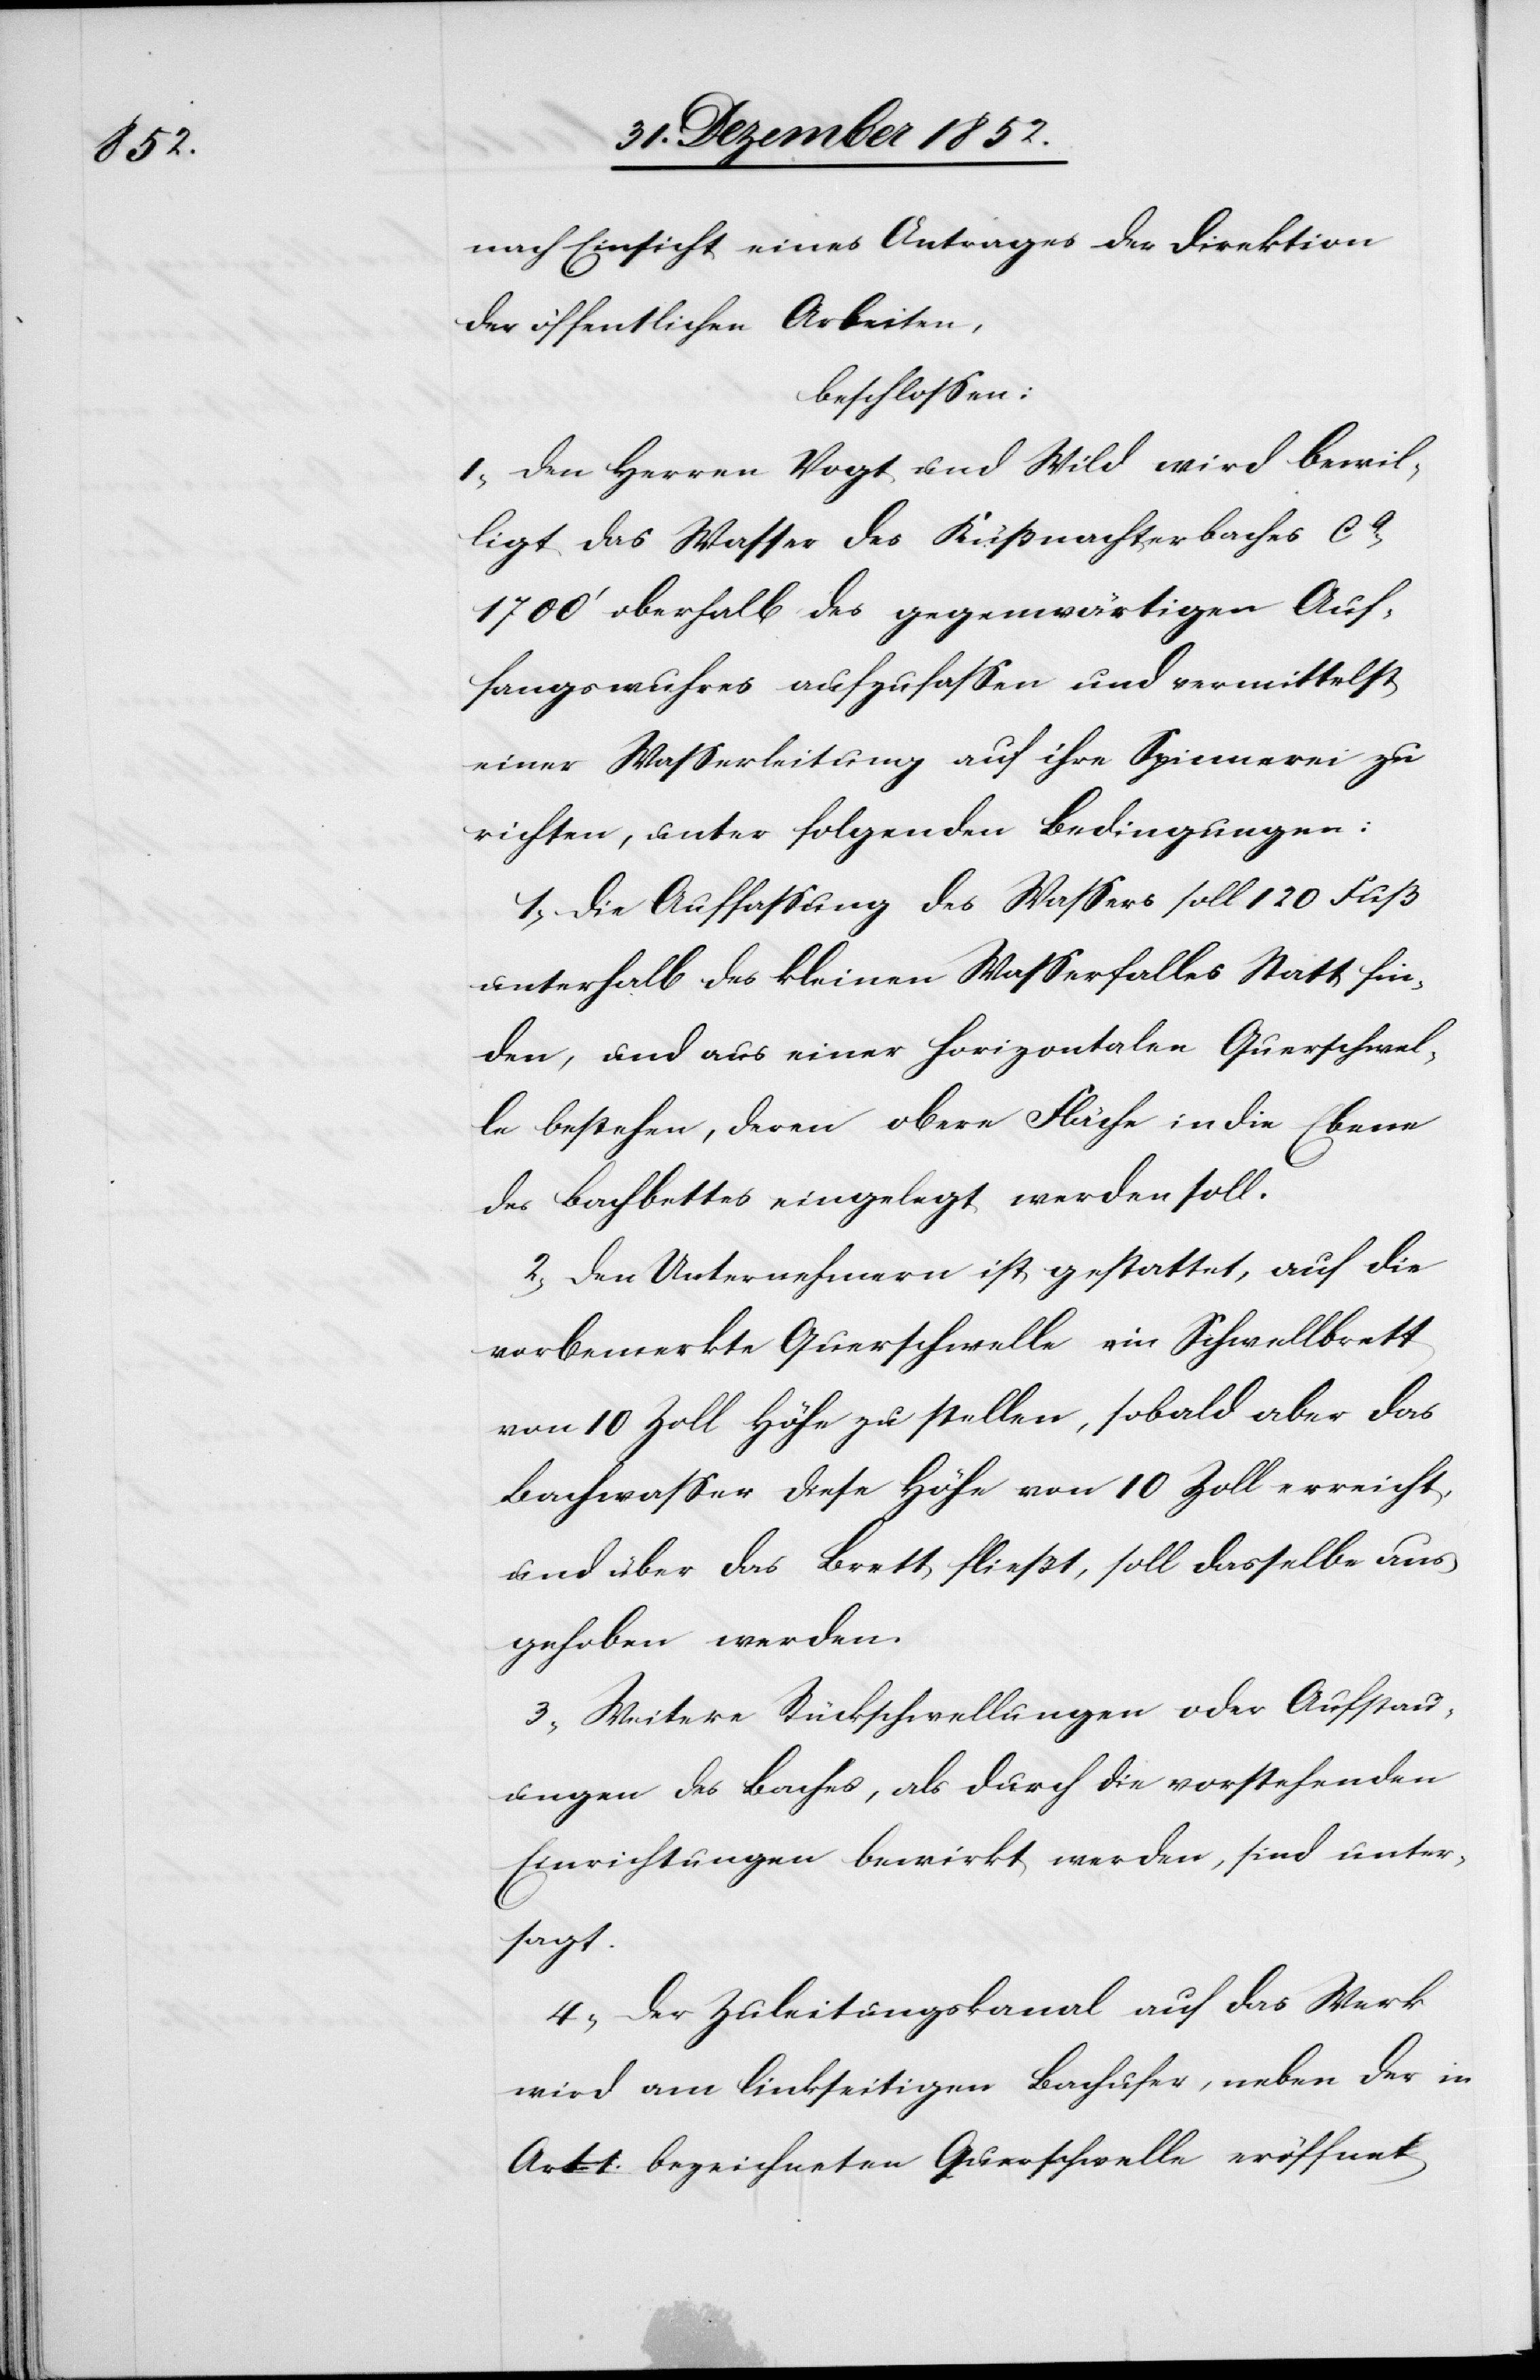
nach Einsicht eines Antrages der Direktion
der öffentlichen Arbeiten,
beschlossen:
I, Den Herren Vogt und Wild wird bewil¬
ligt das Wasser des Küßnachterbaches ca
1700‘ oberhalb des gegenwärtigen Auf¬
fangswuhres aufzufassen und vermittelst
einer Wasserleitung auf ihre Spinnerei zu
richten, unter folgenden Bedingungen:
1, Die Auffassung des Wassers soll 120 Fuß
unterhalb des kleinen Wasserfalles Statt fin¬
den, und aus einer horizontalen Querschwel¬
le bestehen, deren obere Fläche in die Ebene
des Bachbettes eingelegt werden soll.
2, Den Unternehmern ist gestattet, auf die
vorbemerkte Querschwelle ein Schwellbrett
von 10 Zoll Höhe zu stellen, sobald aber das
Bachwasser diese Höhe von 10 Zoll erreicht,
und über das Brett fließt, soll dasselbe aus¬
gehoben werden.
3, Weitere Rückschwellungen oder Aufstau¬
ungen des Baches, als durch die vorstehenden
Einrichtungen bewirkt werden, sind unter¬
sagt.
4, Der Zuleitungskanal auf das Werk
wird am linkseitigen Bachufer, neben der in
Art 1. bezeichneten Querschwelle eröffnet